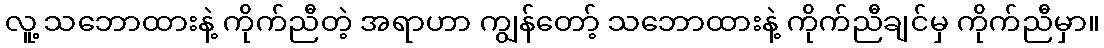
လူ့ သဘောထားနဲ့ ကိုက်ညီတဲ့ အရာဟာ ကျွန်တော့် သဘောထားနဲ့ ကိုက်ညီချင်မှ ကိုက်ညီမှာ။